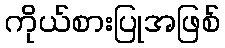
ကိုယ်စားပြုအဖြစ်